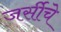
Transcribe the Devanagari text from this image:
जर्सीचे